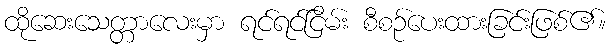
ထိုဆေးသေတ္တာလေးမှာ ရင်ရင်ငြိမ်း စီစဉ်ပေးထားခြင်းဖြစ်၏။